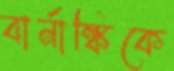
বার্নাঙ্কিকে